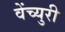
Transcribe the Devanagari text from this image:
वेंच्युरी